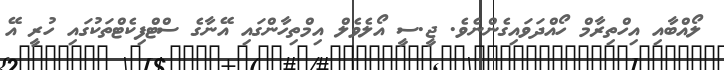
ލޯއްބާއި އިހްތިރާމް ހޯއްދަވައިގެންނެވެ. ޖީ.ސީ އޯލެވެލް އިމްތިހާންގައި އޭނާގެ ސްޓްފިކެޓްތަކުގައި ހުރީ އޭ